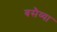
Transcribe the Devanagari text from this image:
बसैय्या